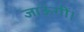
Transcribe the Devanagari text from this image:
जाऊंगीं।